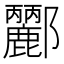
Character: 𨟫